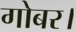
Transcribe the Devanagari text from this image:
गोबर।